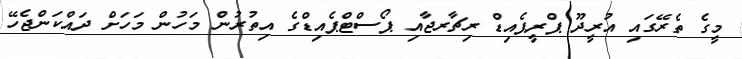
މީގެ ތެރޭގައި އުރީދޫ ޕްރީޕެއިޑް ރިޗާރޖާއި ޕޯސްޓްޕެއިޑްގެ އިތުރުން މަހުން މަހަށް ދައްކަންޖެހޭ